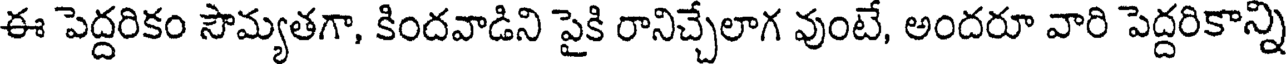
ఈ పెద్దరికం సౌమ్యతగా, కిందవాడిని పైకి రానిచ్చేలాగ వుంటే, అందరూ వారి పెద్దరికాన్ని